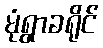
မုံရွာခရိုင်